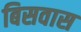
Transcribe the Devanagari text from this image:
बिसवास